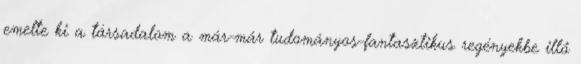
emelte ki a társadalom a már-már tudományos-fantasztikus regényekbe illő